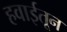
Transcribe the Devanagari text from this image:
हवाईतून